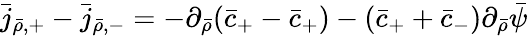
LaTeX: \bar{j}_{\bar{\rho},+}-\bar{j}_{\bar{\rho},-}=-\partial_{\bar{\rho}}(\bar{c}_{+}-\bar{c}_{+})-(\bar{c}_{+}+\bar{c}_{-})\partial_{\bar{\rho}}\bar{\psi}